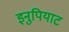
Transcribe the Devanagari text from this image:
इनुपियाट